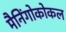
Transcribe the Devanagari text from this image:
मैनिंगोकोकल